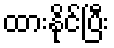
ထားနိုင်ပြီး